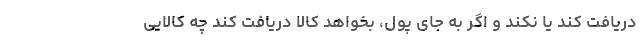
دریافت کند یا نکند و اگر به جای پول، بخواهد کالا دریافت کند چه کالایی